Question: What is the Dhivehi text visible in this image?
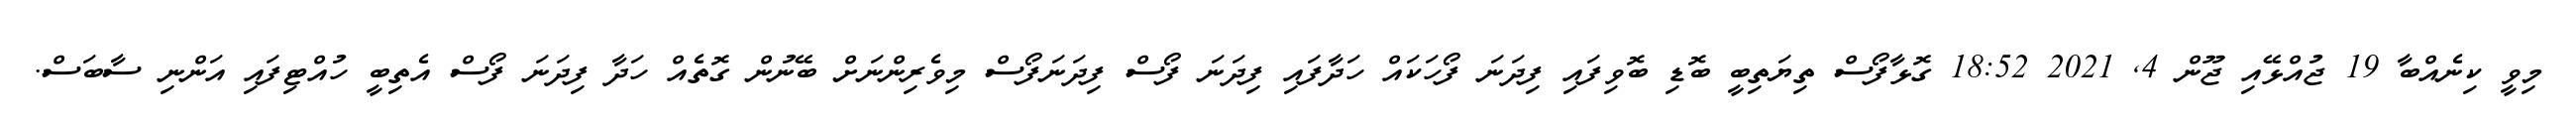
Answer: މިވީ ކިނެއްބާ 19 ޖުއްޅޭއި ޖޫން 4, 2021 18:52 ގޮޅާފޯސް ތިޔަތިބީ ބޮޑި ބޮވިފައި ފިދަނަ ފޯހަކައް ހަދާފައި ފިދަނަ ފޯސް ފިދަނަފޯސް މިވެރިންނަށް ބޭނުން ގޮތެއް ހަދާ ފިދަނަ ފޯސް އެތިބީ ހުއްޓިފައި އަންނި ސާބަސް.